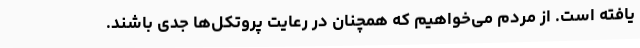
یافته است. از مردم می‌خواهیم که همچنان در رعایت پروتکل‌ها جدی باشند.